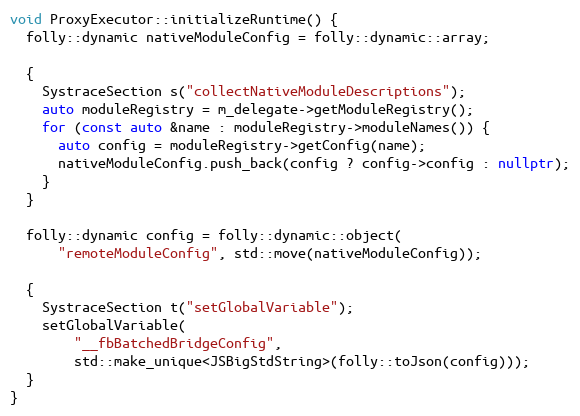
Language: C++
void ProxyExecutor::initializeRuntime() {
  folly::dynamic nativeModuleConfig = folly::dynamic::array;

  {
    SystraceSection s("collectNativeModuleDescriptions");
    auto moduleRegistry = m_delegate->getModuleRegistry();
    for (const auto &name : moduleRegistry->moduleNames()) {
      auto config = moduleRegistry->getConfig(name);
      nativeModuleConfig.push_back(config ? config->config : nullptr);
    }
  }

  folly::dynamic config = folly::dynamic::object(
      "remoteModuleConfig", std::move(nativeModuleConfig));

  {
    SystraceSection t("setGlobalVariable");
    setGlobalVariable(
        "__fbBatchedBridgeConfig",
        std::make_unique<JSBigStdString>(folly::toJson(config)));
  }
}